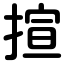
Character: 揎